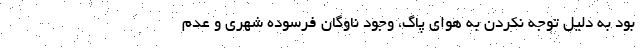
بود به دلیل توجه نکردن به هوای پاگ، وجود ناوگان فرسوده شهری و عدم